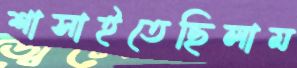
শাসাইতেছিলাম